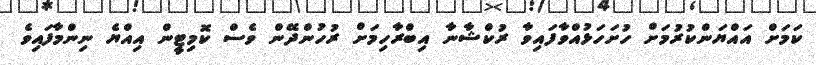
ކަމަށް އައްޔަންކުރުމަށް ހުށަހަޅުއްވާފައިވާ ރުކްޝާނާ އިބްރާހިމަށް ރުހުންދޭން ވެސް ކޮމިޓީން އިއްޔެ ނިންމާފައިވެ